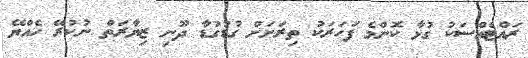
ރައްޓެއްސަކު ގުޅާ ކޮންމެ ފަހަރަކު ތިރަށަށް ގުޑުގުޑާ ދޫނި ޒިޔާރަތް ނުކުރޭ ހެއްޔޭ